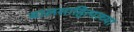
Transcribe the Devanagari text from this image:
बालसाहित्याच्या